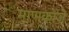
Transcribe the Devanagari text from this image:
माणकोजे